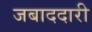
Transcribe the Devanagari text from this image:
जबाददारी